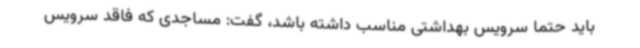
باید حتما سرویس بهداشتی مناسب داشته باشد، گفت: مساجدی که فاقد سرویس